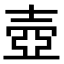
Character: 壺